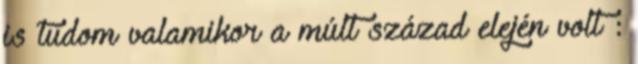
is tudom valamikor a múlt század elején volt :